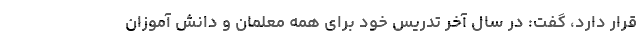
قرار دارد، گفت: در سال آخر تدریس خود برای همه معلمان و دانش آموزان